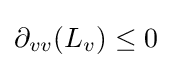
\partial _{vv}(L_{v})\leq 0